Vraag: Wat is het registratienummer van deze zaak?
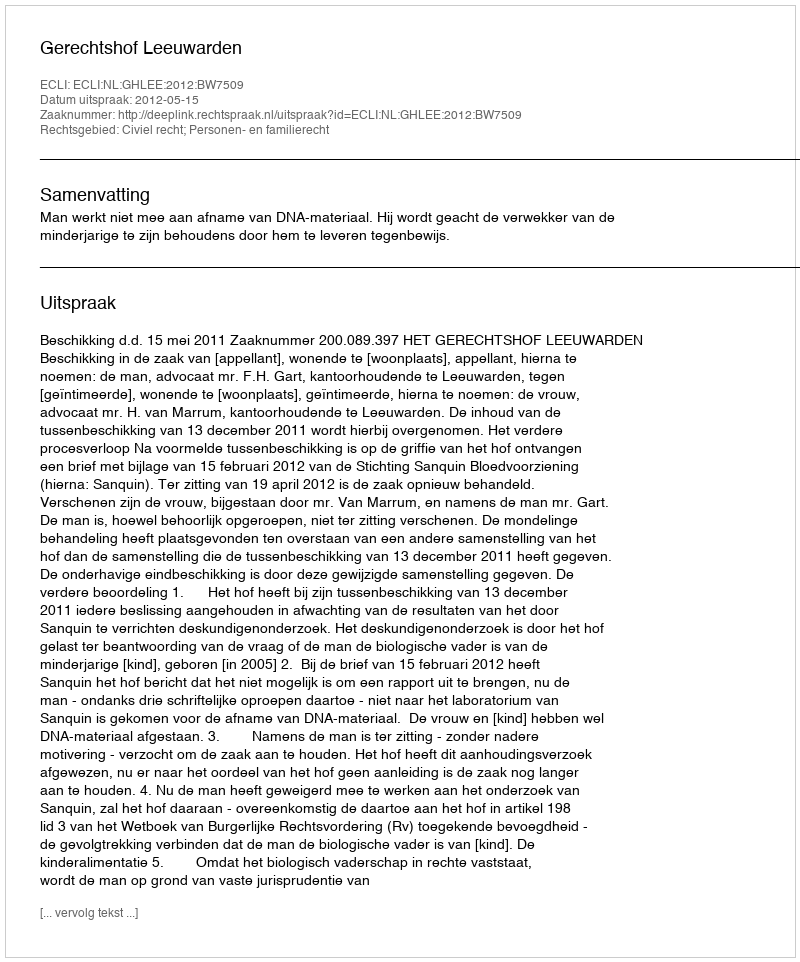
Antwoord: http://deeplink.rechtspraak.nl/uitspraak?id=ECLI:NL:GHLEE:2012:BW7509